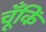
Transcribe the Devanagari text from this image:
चूँकिं